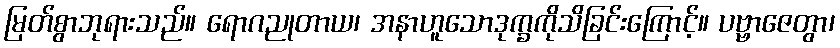
မြတ်စွာဘုရားသည်။ ရောဂညုတာယ၊ အနာဟူသောဒုက္ခကိုသိခြင်းကြောင့်။ ပဗ္ဗာဇေတွာ၊